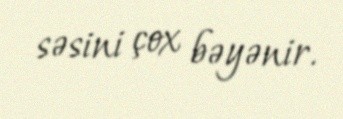
səsini çox bəyənir.